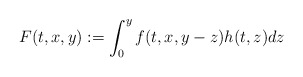
\begin{align*} F(t,x,y):=\int_{0}^{y}f(t,x,y-z)h(t,z)dz\end{align*}